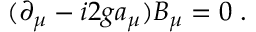
( \partial _ { \mu } - i 2 g a _ { \mu } ) B _ { \mu } = 0 \; .